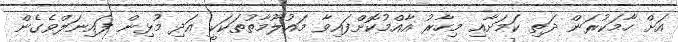
އަށް ހާމަކުރަން ދަތި ކަމަށާއި މިހާރު އާއްމުކޮށްފައިވާ މައުލޫމާތުތަކަކީ އަދި މުޅިން ފައިނަލްވެގެން